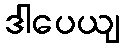
ဒါပေယျ